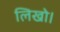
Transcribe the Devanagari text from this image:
लिखो।